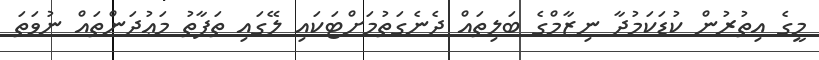
މީގެ އިތުރުން ކުޑަކަމުދާ ނިޒާމްގެ ބަލިތައް ދެނެގަތުމަށްޓަކައި ލޭގައި ތަފާތު މަޢުދަންތައް ނުވަތަ